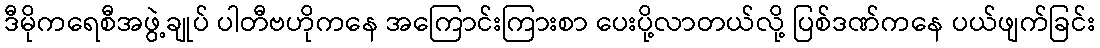
ဒီမိုကရေစီအဖွဲ့ချုပ် ပါတီဗဟိုကနေ အကြောင်းကြားစာ ပေးပို့လာတယ်လို့ ပြစ်ဒဏ်ကနေ ပယ်ဖျက်ခြင်း